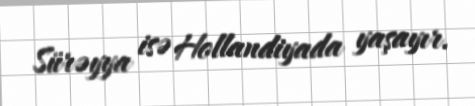
Sürəyya isə Hollandiyada yaşayır.